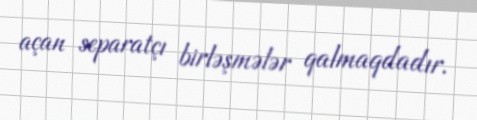
açan separatçı birləşmələr qalmaqdadır.